Annual report on the working of the mental hospitals in the Madras Presidency - 1912-1932
Year: 1912
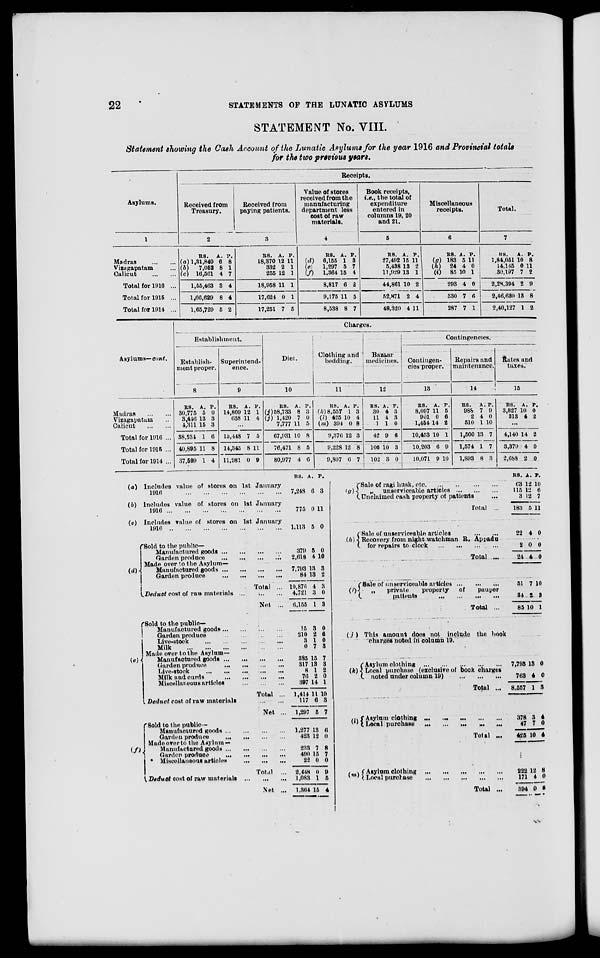
22
STATEMENTS OF THE LUNATIC ASYLUMS
STATEMENT No. VIII.
Statement showing the Cash Account of the Lunatic Asylums for the year 1916 and Provincial totals
for the two previous years.
Asylums.
1
Madras
...
...
Vizagapatam ...
Calicut
...
...
Total for 1916 ...
Total for 1915 ...
Total for 1914 ...
Receipts.
Received from
Treasury.
2
RS.
(a) 1,31,849
(b)
7,052
(c) 16,561
1,55,463
1,66,629
1,65,729
A.
6
8
4
3
8
5
P.
8
1
7
4
4
2
Received from
paying patients.
3
RS.
18,370
332
255
18,958
17,624
17,251
A.
12
2
12
11
0
7
P.
11
1
1
1
1
5
Value of stores
received from the
manufacturing
department less
cost of raw
materials.
4
RS.
(d)
6,155
(e)
1,297
(f)
1,364
8,817
9,175
8,538
A.
1
5
15
6
11
8
P.
3
7
4
2
5
7
Book receipts,
i.e., the total of
expenditure
entered in
columns 19, 20
and 21.
5
RS.
27,492
5,438
11,929
44,861
52,871
48,320
A.
15
13
13
10
2
4
P.
11
2
1
2
4
11
Miscellaneous
receipts.
6
RS.
(g) 183
(h)
24
(i)
85
293
330
287
A.
5
4
10
4
7
7
P.
11
0
1
0
6
1
Total.
7
RS.
1,84,051
14,145
30,197
2,28,394
2,46,630
2,40,127
A.
10
0
7
2
13
1
P.
8
11
2
9
8
2
Asylums—cont.
Madras
...
...
Vizagapatam ...
Calicut
...
...
Total for 1916 ...
Total for 1915 ...
Total for 1914 ...
Charges.
Establishment.
Establish-
ment proper.
8
RS.
30,775
3,446
4,311
38,534
40,895
37,599
A.
5
13
15
1
11
1
P.
0
3
3
6
8
4
Superintend-
ence.
9
RS.
14,809
638
A.
12
11
P.
1
4
...
15,448
14,345
11,981
7
8
0
5
11
9
Diet.
10
RS.
(j) 58,733
(j) 1,420
7,777
67,931
76,471
80,977
A.
8
7
11
10
8
4
P.
3
0
5
8
5
6
Clothing and
bedding.
11
RS.
(k) 8,557
(l) 425
(m) 394
9,376
9,228
9,807
A.
1
10
0
12
12
6
P.
3
4
8
3
8
7
Bazaar
medicines.
12
RS.
30
11
1
42
106
102
A.
4
4
1
9
10
3
P.
3
3
0
6
3
0
Contingencies.
Contingen-
cies proper.
13
RS.
8,097
901
1,454
10,453
10,203
10,071
A.
11
0
14
10
6
9
P.
5
6
2
1
9
10
Repairs and
maintenance.
14
RS.
988
2
510
1,500
1,574
1,893
A.
7
4
1
13
1
8
P.
9
0
10
7
7
3
Rates and
taxes.
15
RS.
3,827
313
A.
10
4
P.
0
2
...
4,140
3,379
2,688
14
4
2
2
0
0
(a)
(b)
(c)
(d)
Includes value of stores on 1st January
1916
...
...
...
...
...
...
Includes value of stores on 1st January
1916
...
...
...
...
...
...
...
Includes value of stores on 1st January
1916
...
...
...
...
...
...
...
Sold to the public—
Manufactured goods
...
...
...
...
Garden produce
...
...
...
...
Made over to the Asylum—
Manufactured goods
...
...
...
...
Garden produce
...
...
...
...
Total ...
Deduct cost of raw materials ... ... ...
Net ...
(e)
Sold to the public—
Manufactured goods
...
...
...
...
Garden produce
...
...
...
...
Live-stock
...
...
...
...
...
Milk
...
...
...
...
...
...
Made over to the Asylum—
Manufactured goods
...
...
...
...
Garden produce
...
...
...
...
Live-stock
...
...
...
...
...
Milk and curds
...
...
...
...
Miscellaneous articles
...
...
...
Total ...
Deduct cost of raw materials
...
...
Net ...
(f)
Sold to the public—
Manufactured goods
...
...
...
...
Garden produce
...
...
...
...
Made over to the Asylum—
Manufactured goods
...
...
...
...
Garden produce
...
...
...
...
Miscellaneous articles
...
...
...
Total ...
Deduct cost of raw materials
...
...
...
Net ...
RS.
7,248
775
1,113
379
2,618
7,793
84
10,876
4,721
6,155
15
210
3
0
385
317
8
76
397
1,414
117
1,297
1,277
423
233
490
22
2,448
1,083
1,364
A.
6
0
5
5
4
13
13
4
3
1
3
2
1
7
15
13
1
2
14
11
6
5
13
12
7
15
0
0
1
15
P.
3
11
0
0
10
3
2
3
0
3
0
6
0
3
7
3
2
0
1
10
3
7
6
0
8
7
0
9
5
4
(g)
Sale of ragi husk,
etc.
...
...
...
...
„
unserviceable articles
...
...
...
Unclaimed cash property of patients ...
Total ...
(h)
Sale of unserviceable articles
...
...
Recovery from night-watchman R. Appadu
for repairs to clock ... ... ... ...
Total ...
(i)
Sale of unserviceable articles ... ... ...
„
private
property
of
pauper
patients
...
...
...
...
Total ...
(j)
(k)
This amount does not include the book
charges noted in column 19.
Asylum clothing
...
...
...
...
...
Local purchase (exclusive of book charges
noted under column 19)
...
...
...
Total ...
(l)
Asylum clothing ...
...
...
...
...
Local purchase
...
...
...
...
...
Total ...
(m)
Asylum clothing
...
...
...
...
...
Local purchase ... ... ... ... ...
Total ...
RS.
63
115
3
183
22
2
24
51
34
85
7,793
763
8,557
378
47
425
222
171
394
A.
12
12
12
5
4
0
4
7
2
10
13
4
1
3
7
10
12
4
0
P.
10
6
7
11
0
0
0
10
3
1
0
0
3
4
0
4
8
0
8